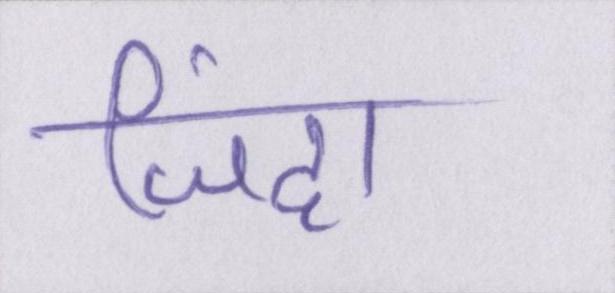
जिंदा